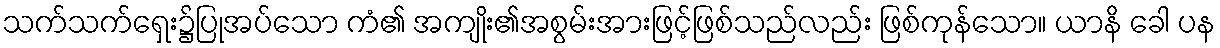
သက်သက်ရှေး၌ပြုအပ်သော ကံ၏ အကျိုး၏အစွမ်းအားဖြင့်ဖြစ်သည်လည်း ဖြစ်ကုန်သော။ ယာနိ ခေါ ပန